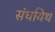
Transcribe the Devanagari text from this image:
संधयिथ